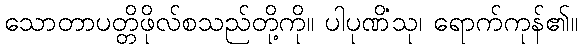
သောတာပတ္တိဖိုလ်စသည်တို့ကို။ ပါပုဏိံသု၊ ရောက်ကုန်၏။